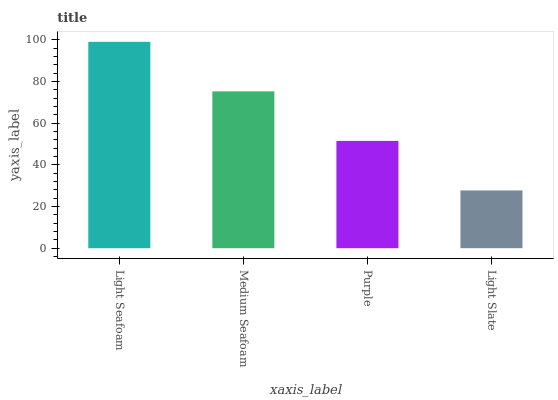
| xaxis_label | bars |
 | --- | --- |
 | Light Seafoam | 99 |
 | Medium Seafoam | 75.2 |
 | Purple | 51.5 |
 | Light Slate | 27.7 |